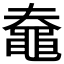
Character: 𪓗